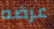
عرضه